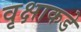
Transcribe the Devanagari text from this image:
वृक्षाकडे